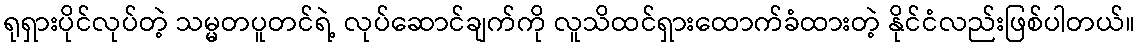
ရုရှားပိုင်လုပ်တဲ့ သမ္မတပူတင်ရဲ့ လုပ်ဆောင်ချက်ကို လူသိထင်ရှားထောက်ခံထားတဲ့ နိုင်ငံလည်းဖြစ်ပါတယ်။